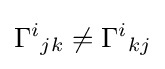
{\Gamma ^{i}}_{jk}\neq {\Gamma ^{i}}_{kj}